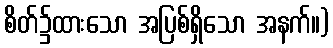
စိတ်၌ထားသော အပြစ်ရှိသော အနက်။)